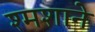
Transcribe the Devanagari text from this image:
श्मशाने